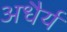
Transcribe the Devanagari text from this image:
अधैर्य